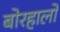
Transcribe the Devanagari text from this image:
बोरहालों